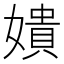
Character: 嬇